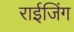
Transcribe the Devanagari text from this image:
राईजिंग